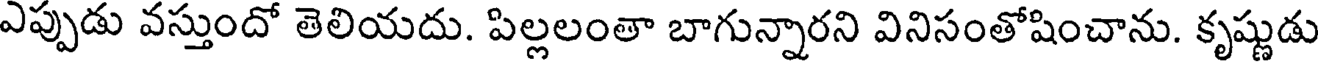
ఎప్పుడు వస్తుందో తెలియదు. పిల్లలంతా బాగున్నారని వినిసంతోషించాను. కృష్ణుడు